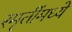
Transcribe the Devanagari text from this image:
स्मृतींमध्ये